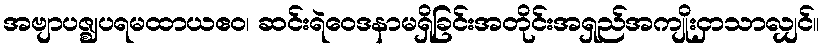
အဗျာပဇ္ဈပရမထာယဧဝ၊ ဆင်းရဲဝေဒနာမရှိခြင်းအတိုင်းအရှည်အကျိုးငှာသာလျှင်။